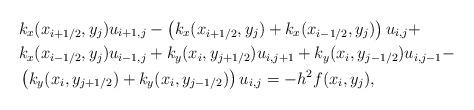
LaTeX: \begin{align*}& k_x (x_{i+1/2}, y_{j}) u_{i+1, j} - \left( k_x (x_{i+1/2}, y_{j}) + k_x (x_{i-1/2}, y_{j}) \right) u_{i, j} + \\& k_x (x_{i-1/2}, y_{j}) u_{i-1, j} + k_y (x_{i}, y_{j+1/2}) u_{i, j+1} + k_y (x_{i}, y_{j-1/2}) u_{i, j-1} - \\& \left( k_y (x_{i}, y_{j+1/2}) + k_y (x_{i}, y_{j-1/2}) \right) u_{i, j} = - h^2 f (x_{i}, y_{j}),\end{align*}